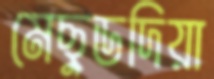
মেছুডদিয়া